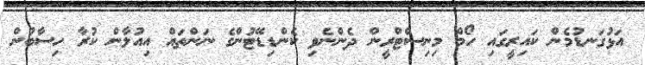
އަޅުގަނޑުމެން ކައިރީގައި ހޯމް މިނިސްޓްރީން ދެންނެވި ކެންޑިޑޭޓުންގެ ނަންތައް އިއުލާން ކުރާ ހިސާބުން